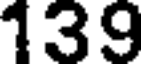
139